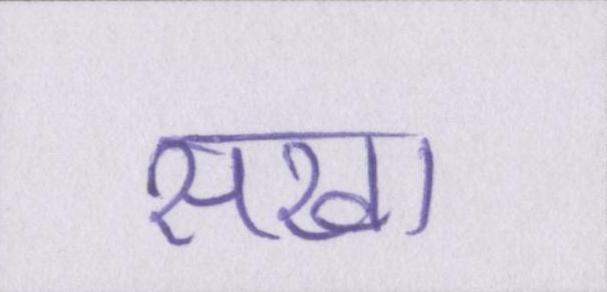
सखा